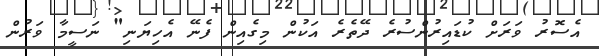
އެސޮރު ވަރަށް ކުޑައިރުންސުރެ ދޭތެރެ އަކުން މިގެއިން ފެނޭ އެހިޔަނި" ނަސީމާ ވަރުން